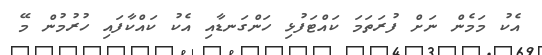
އެކު މަމެން ނަށް ފުރަތަމަ ކައްޓަފުޅި ހަންގަނޑާއި އެކު ކައްކާފައި ހުރުމުން މޭ